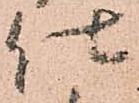
仕